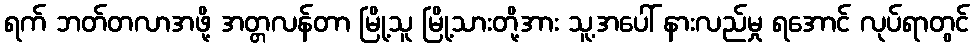
ရက် ဘတ်တလာအဖို့ အတ္တလန်တာ မြို့သူ မြို့သားတို့အား သူ့အပေါ် နားလည်မှု ရအောင် လုပ်ရာတွင်